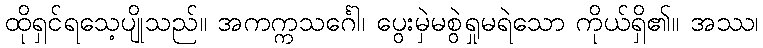
ထိုရှင်ရသေ့ပျိုသည်။ အကက္ကသင်္ဂေါ၊ ပွေးမှဲမစွဲရှုမရဲသော ကိုယ်ရှိ၏။ အဿ၊